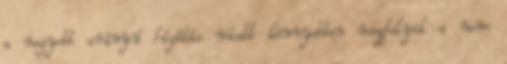
a nagyobb arányú hígítás miatt könnyebben megfolyik a nem